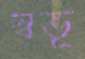
স্বভূ